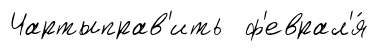
Чартыправ'ить ф'еврал'я́